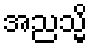
အညသ္မိ